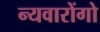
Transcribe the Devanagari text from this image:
न्यवारोंगो